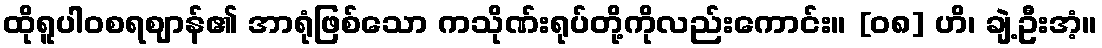
ထိုရူပါဝစရဈာန်၏ အာရုံဖြစ်သော ကသိုဏ်းရုပ်တို့ကိုလည်းကောင်း။ [၀၈] ဟိ၊ ချဲ့ဦးအံ့။